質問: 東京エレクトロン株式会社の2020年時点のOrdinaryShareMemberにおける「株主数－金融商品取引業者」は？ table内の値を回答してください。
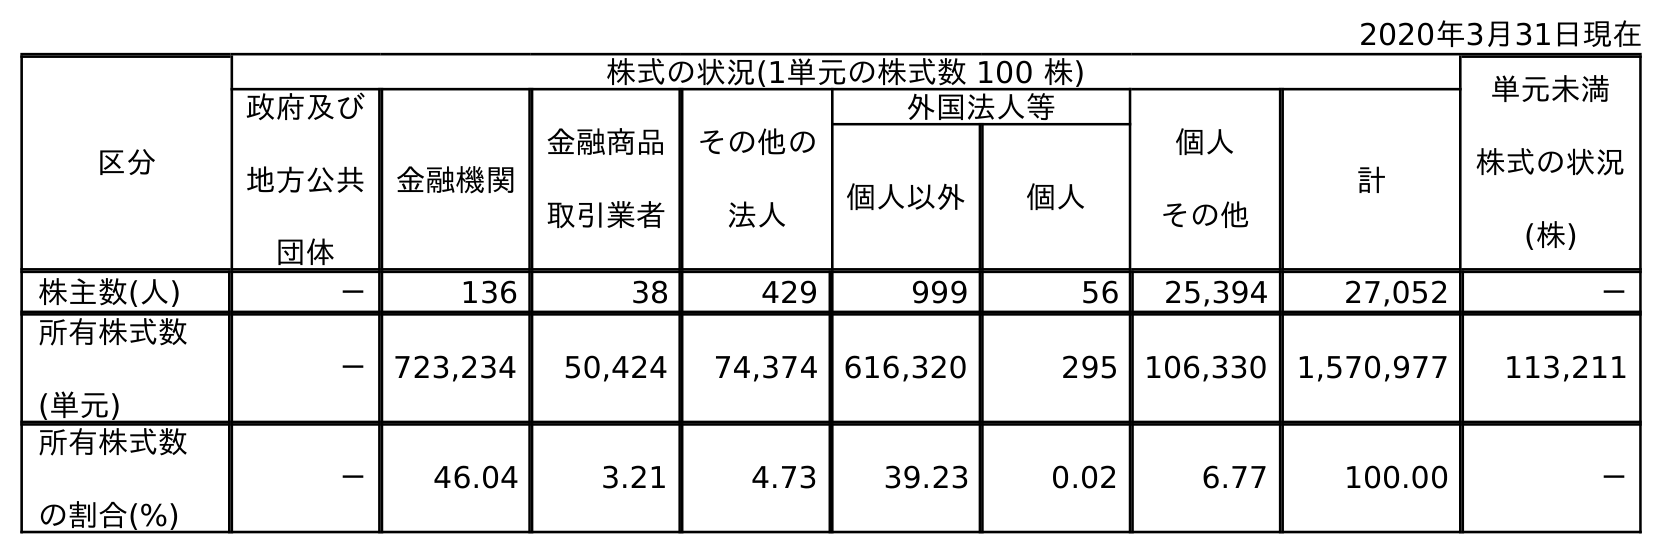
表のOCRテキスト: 2020年3月31日現在 区分 株式の状況(1単元の株式数 100 株) 単元未満 株式の状況 (株) 政府及び 地方公共 団体 金融機関 金融商品 取引業者 その他の 法人 外国法人等 個人 その他 計 個人以外 個人 株主数(人) － 136 38 429 999 56 25,394 27,052 － 所有株式数 (単元) － 723,234 50,424 74,374 616,320 295 106,330 1,570,977 113,211 所有株式数 の割合(%) － 46.04 3.21 4.73 39.23 0.02 6.77 100.00 －
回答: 38